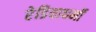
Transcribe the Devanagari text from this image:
रेडियाधर्मी